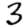
Digit: 3